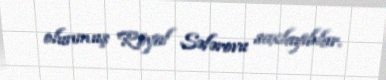
olunmuş Röyal Səfərovu saxlayıblar.